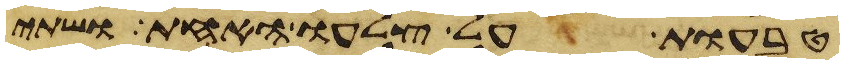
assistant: טבעות על צלעו האחד ושתי